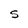
Character: S